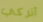
أتركي